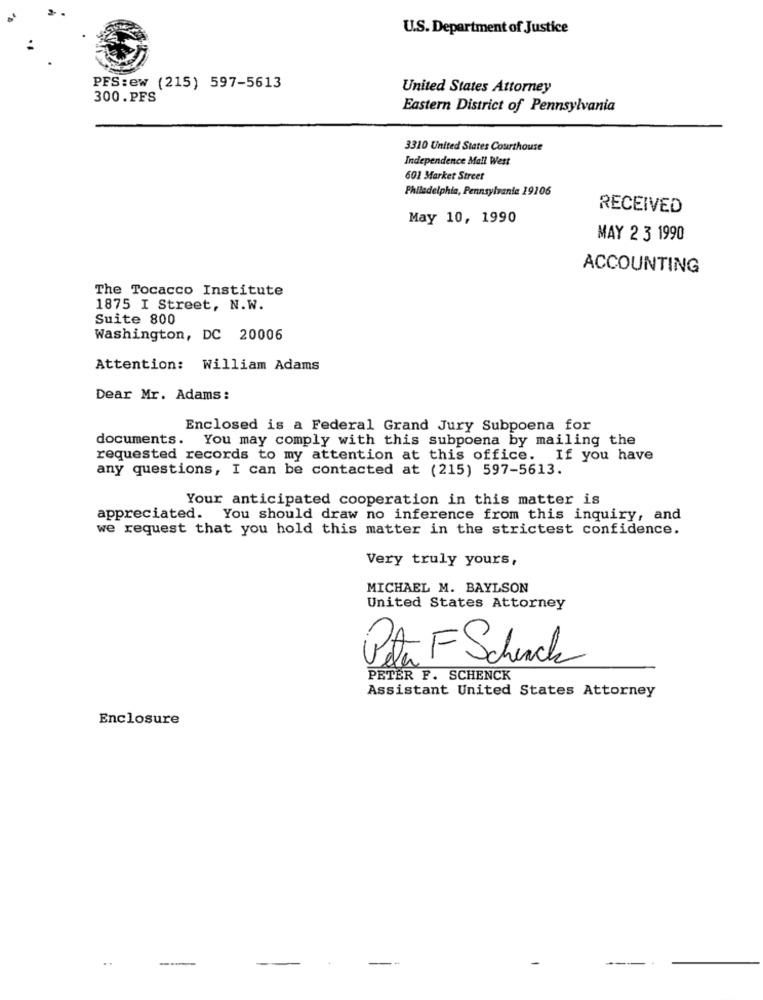
U.S. Department of Justice
PFS:ew (215) 597-5613
United States Attorney
300.PFS
Eastern District of Pennsylvania
3310 United States Courthouse
Independence Mall West
601 Market Street
Philadelphia, Pennsylvania 19106
RECEIVED
May 10, 1990
MAY 2 3 1990
ACCOUNTING
The Tocacco Institute
1875 I Street, N.W.
Suite 800
Washington, DC 20006
Attention: William Adams
Dear Mr. Adams:
Enclosed is a Federal Grand Jury Subpoena for
documents. You may comply with this subpoena by mailing the
requested records to my attention at this office. If you have
any questions, I can be contacted at (215) 597-5613.
Your anticipated cooperation in this matter is
appreciated. You should draw no inference from this inquiry, and
we request that you hold this matter in the strictest confidence.
Very truly yours,
MICHAEL M. BAYLSON
United States Attorney
Peter FSchurch
PETER F. SCHENCK
Assistant United States Attorney
Enclosure
..
--
--